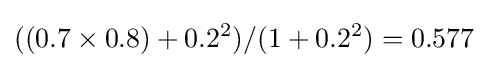
((0.7\times 0.8)+0.2^{2})/(1+0.2^{2})=0.577